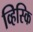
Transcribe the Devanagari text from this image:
व्हिस्कि